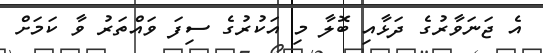
އެ ޖަނަވާރުގެ ދަޅާއި ބޮލާ މި އަކުރުގެ ސިފަ ވައްތަރު ވާ ކަމަށް